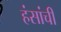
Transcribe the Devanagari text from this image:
हंसांची